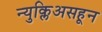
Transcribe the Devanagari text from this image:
न्युक्लिअसहून